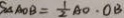
S _ { \Delta A O B } = \frac { 1 } { 2 } A O \cdot O B